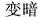
变暗